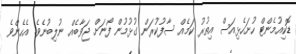
ޑޮކިއުމެންޓް ހުށަހެޅިއަސް އިތުރު ކަމެއް ސާފުކުރަން ގުޅުމުން ފޯނަށް ޖަވާބެއް ނުލިބުނެވެ. އެހެންވެ